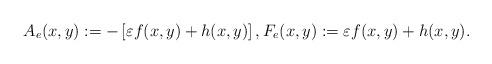
LaTeX: \begin{align*}A_{e}(x,y):=-\left[\varepsilon f(x,y)+h(x,y)\right],F_{e}(x,y):=\varepsilon f(x,y)+h(x,y).\end{align*}